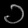
Digit: ၁